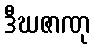
ဒီဃဇာဏု